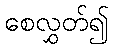
စေလွှတ်၍